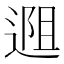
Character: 𬨱